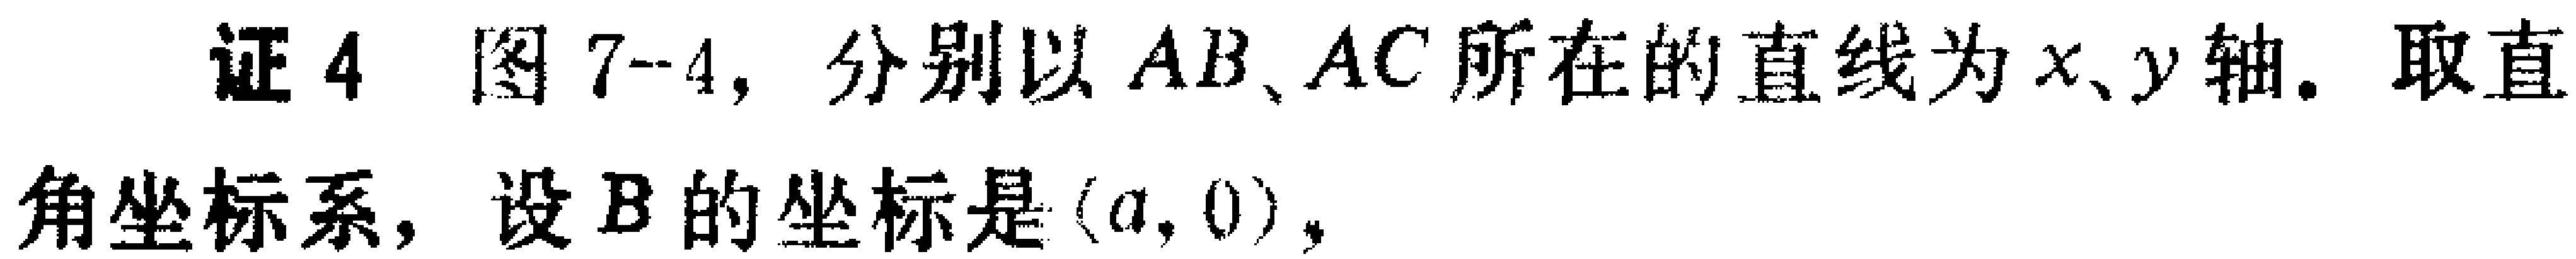
证4 图7-4，分别以 \(AB、AC\) 所在的直线为 \(x、y\) 轴，取直
角坐标系，设 \(B\) 的坐标是 \((a,0)\)，